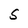
Character: S